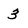
Character: 3